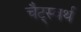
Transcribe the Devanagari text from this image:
चैट्स्वर्थ